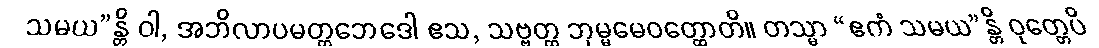
သမယ”န္တိ ဝါ, အဘိလာပမတ္တဘေဒေါ ဧသ, သဗ္ဗတ္ထ ဘုမ္မမေဝတ္ထောတိ။ တသ္မာ “ဧကံ သမယ”န္တိ ဝုတ္တေပိ